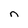
Character: n